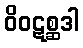
ဝိဝဋစ္ဆဒါ